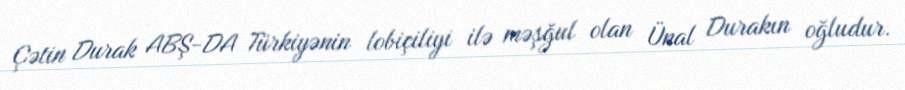
Çətin Durak ABŞ-DA Türkiyənin lobiçiliyi ilə məşğul olan Ünal Durakın oğludur.